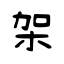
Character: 架